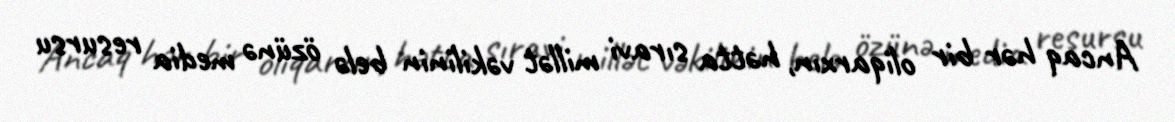
Ancaq hər bir oliqarxın, hətta sıravi millət vəkilinin belə özünə media resursu